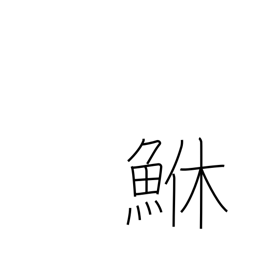
Meaning: rockfish